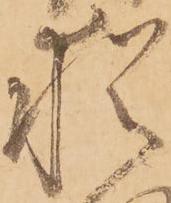
猶